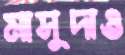
মাসুদাও